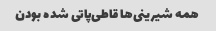
همه شیرینی‌ها قاطی‌پاتی شده بودن